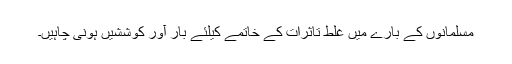
مسلمانوں کے بارے میں غلط تاثرات کے خاتمے کیلئے بار آور کوششیں ہونی چاہیں۔